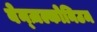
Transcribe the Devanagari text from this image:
बेन्ज़ल्कोनिउम